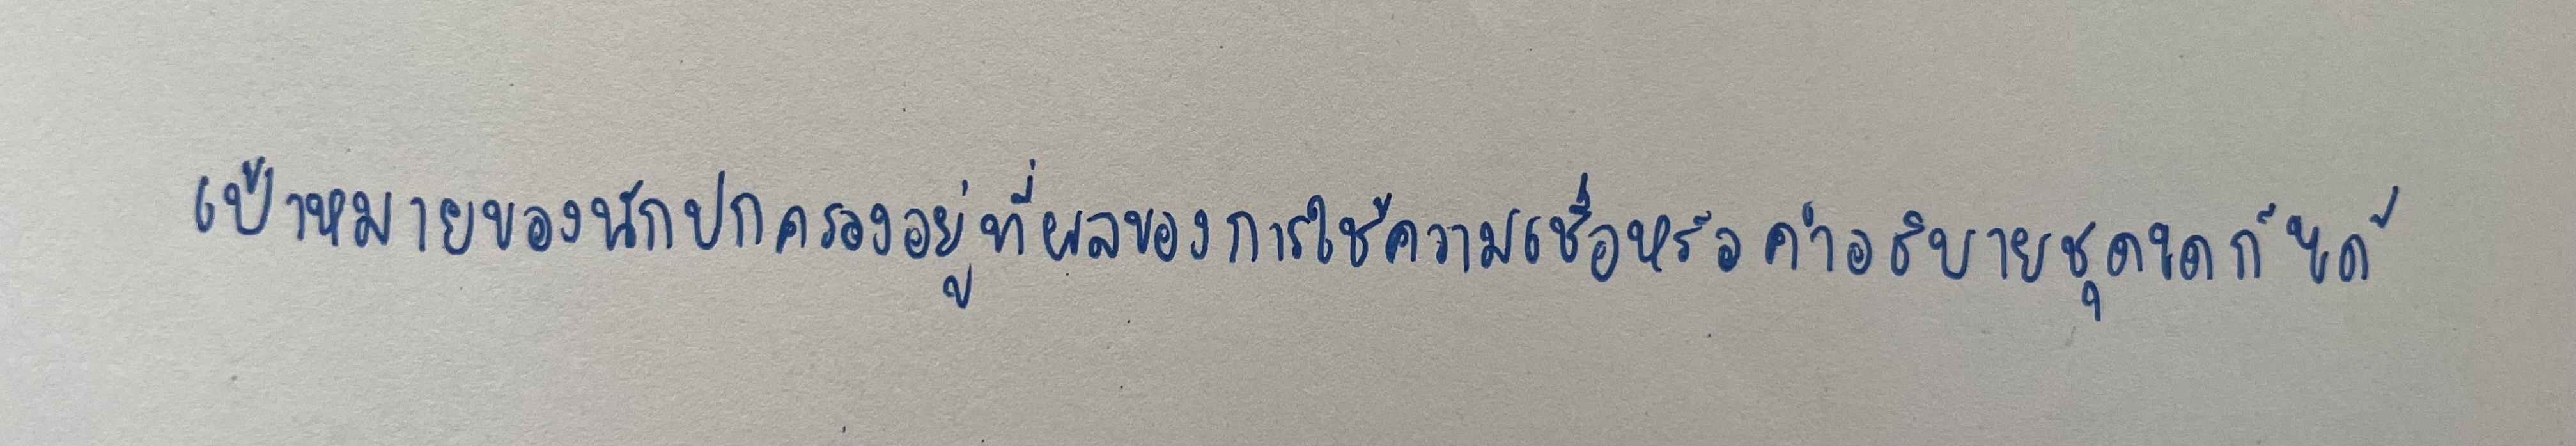
เป้าหมายของนักปกครองอยู่ที่ผลของการใช้ความเชื่อหรือคำอธิบายชุดใดก็ได้